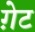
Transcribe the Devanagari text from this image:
ग़ेट